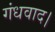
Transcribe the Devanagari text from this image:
गंधवाद।